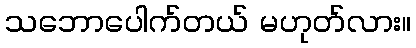
သဘောပေါက်တယ် မဟုတ်လား။